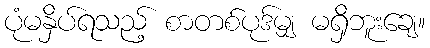
ပုံမနှိပ်ရသည့် စာတစ်ပုဒ်မျှ မရှိဘူးချေ။